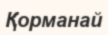
Қорманай